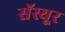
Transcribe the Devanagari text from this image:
सॅस्यूर